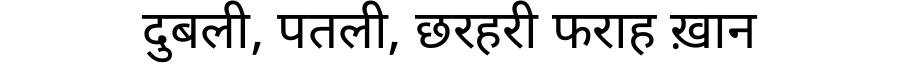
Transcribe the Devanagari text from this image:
दुबली, पतली, छरहरी फराह ख़ान